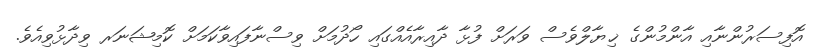
އޮފިސަރުންނާއި އާންމުންގެ ޚިޔާލްވެސް ވަރަށް ފުޅާ ދާއިރާއެއްގައި ހޯދުމަށް ވިސްނާފައިވާކަމަށް ކޮމިޝަނަރ ވިދާޅުވިއެވެ.